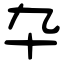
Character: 卆